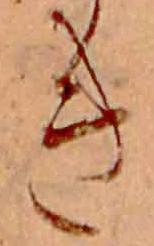
き